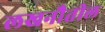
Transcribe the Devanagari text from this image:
लखनौतील